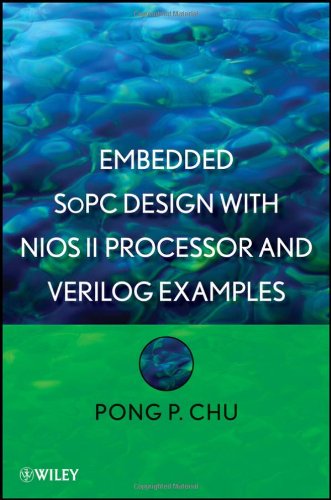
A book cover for Embedded SoPC Design with Nios II Processor and Verilog Examples; Pong P. Chu; Computers & Technology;